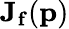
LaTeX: \mathbf{J}_{\mathbf{f}}(\mathbf{p})